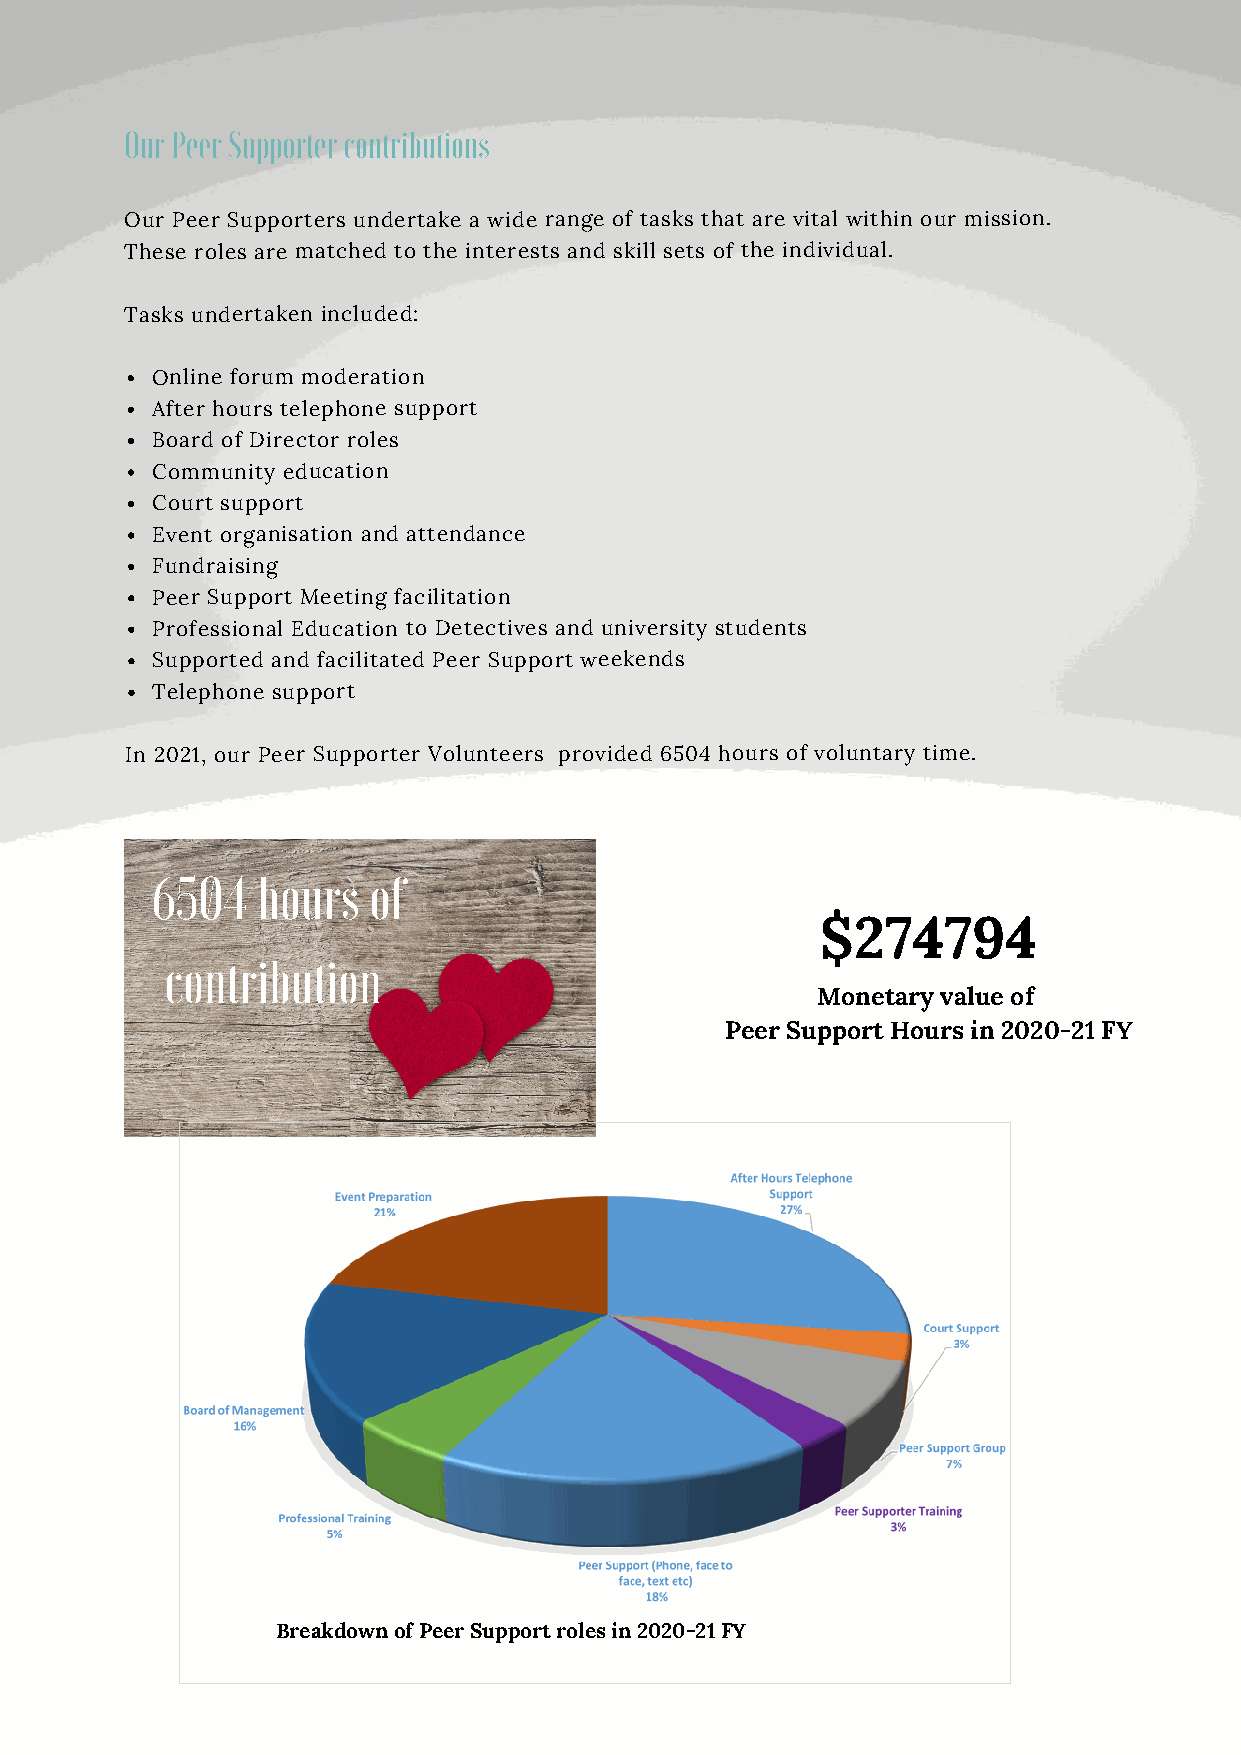
Our Peer Supporter contributions
 Our Peer Supporters undertake a wide range of tasks that are vital within our mission.
 These roles are matched to the interests and skill sets of the individual.
 Tasks undertaken included:
 Online forum moderation
 After hours telephone support
 Board of Director roles
 Community education
 Court support
 Event organisation and attendance
 Fundraising
 Peer Support Meeting facilitation
 Professional Education to Detectives and university students
 Supported and facilitated Peer Support weekends
 Telephone support
 In 2021, our Peer Supporter Volunteers provided 6504 hours of voluntary time.
 6504   hours  of
 $274794
 contribution
 Monetary value of
 Peer Support Hours in 2020-21 FY
 Breakdown of Peer Support roles in 2020-21 FY